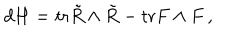
d H = \mathrm { t r } \tilde { R } \wedge \tilde { R } - \mathrm { t r } F \wedge F \, ,